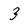
Character: 3